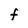
Character: f